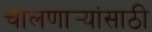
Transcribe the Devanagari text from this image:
चालणार्‍यांसाठी